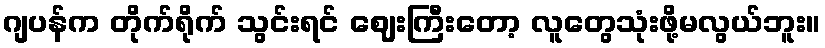
ဂျပန်က တိုက်ရိုက် သွင်းရင် ဈေးကြီးတော့ လူတွေသုံးဖို့မလွယ်ဘူး။